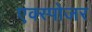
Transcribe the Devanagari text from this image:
एक्‍स्पोजर